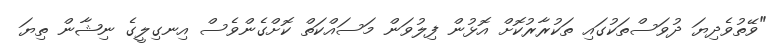
"ވޭތުވެދިޔަ ދުވަސްތަކުގައި ތަކުރާރުކޮށް އޮޅުން ފިލުވަން މަސައްކަތް ކޮށްގެންވެސް އިނގިލީގެ ނިޝާން ތިޔަ